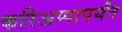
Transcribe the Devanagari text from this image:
करिअप्पापर्यंत